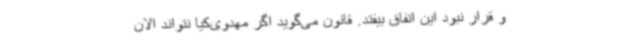
و قرار نبود این اتفاق بیفتد. قانون می‌گوید اگر مهدوی‌کیا نتواند الان